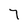
Character: 7